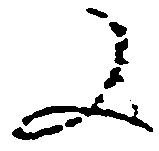
又